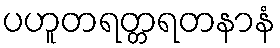
ပဟူတရတ္တရတနာနံ